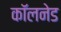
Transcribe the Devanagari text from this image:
कॉलनेड